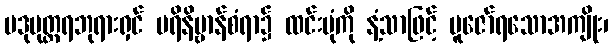
ပဒုမုတ္တရဘုရားရှင် ပရိနိဗ္ဗာန်စံရာ၌ ထင်းပုံကို နံ့သာဖြင့် ပူဇော်ရသောအကျိုး၊